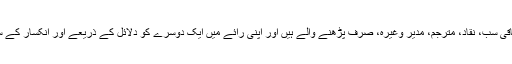
مرکزی حیثیت صرف لکھنے والوں کی ہوتی ہے، باقی سب، نقاد، مترجم، مدیر وغیرہ، صرف پڑھنے والے ہیں اور اپنی رائے میں ایک دوسرے کو دلائل کے ذریعے اور انکسار کے ساتھ شریک کر سکتے ہیں، اس سے زیادہ کچھ نہیں۔